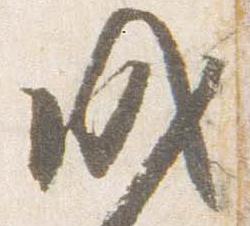
戌